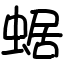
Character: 蜛